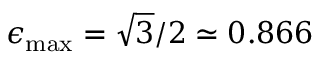
\epsilon _ { \mathrm { m a x } } = \sqrt { 3 } / 2 \simeq 0 . 8 6 6